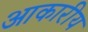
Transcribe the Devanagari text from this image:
आकारीय